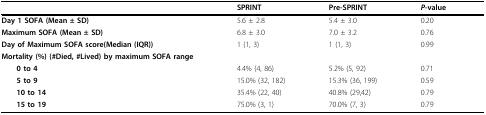
<table><thead><tr><td></td><td><b>SPRINT</b></td><td><b>Pre-SPRINT</b></td><td><b><i>P</i>-value</b></td></tr></thead><tbody><tr><td><b>Day 1 SOFA (Mean ± SD)</b></td><td>5.6 ± 2.8</td><td>5.4 ± 3.0</td><td>0.20</td></tr><tr><td><b>Maximum SOFA (Mean ± SD)</b></td><td>6.8 ± 3.0</td><td>7.0 ± 3.2</td><td>0.76</td></tr><tr><td><b>Day of Maximum SOFA score(Median (IQR))</b></td><td>1 (1, 3)</td><td>1 (1, 3)</td><td>0.99</td></tr><tr><td><b>Mortality (%) (#Died, #Lived) by maximum SOFA range</b></td><td></td><td></td><td></td></tr><tr><td> <b>0 to 4</b></td><td>4.4% (4, 86)</td><td>5.2% (5, 92)</td><td>0.71</td></tr><tr><td> <b>5 to 9</b></td><td>15.0% (32, 182)</td><td>15.3% (36, 199)</td><td>0.59</td></tr><tr><td> <b>10 to 14</b></td><td>35.4% (22, 40)</td><td>40.8% (29,42)</td><td>0.79</td></tr><tr><td> <b>15 to 19</b></td><td>75.0% (3, 1)</td><td>70.0% (7, 3)</td><td>0.79</td></tr></tbody></table>